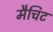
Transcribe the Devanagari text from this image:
मैचिट